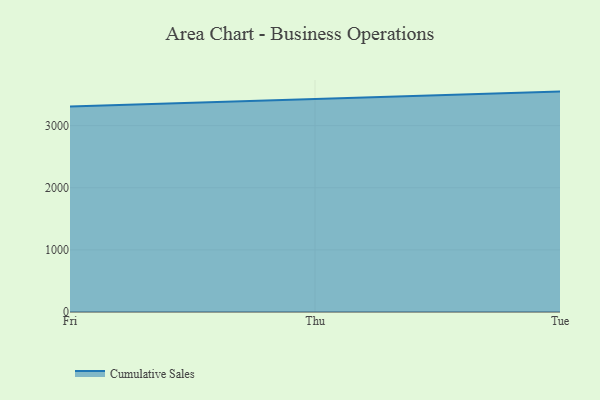
{"axis": {"x": "Day", "y": "Operating Costs (USD K)"}, "legend": ["Cumulative Sales"], "data": [{"x": "Fri", "y": 3306.6, "type": "Cumulative Sales"}, {"x": "Thu", "y": 3424.6, "type": "Cumulative Sales"}, {"x": "Tue", "y": 3547.7, "type": "Cumulative Sales"}]}